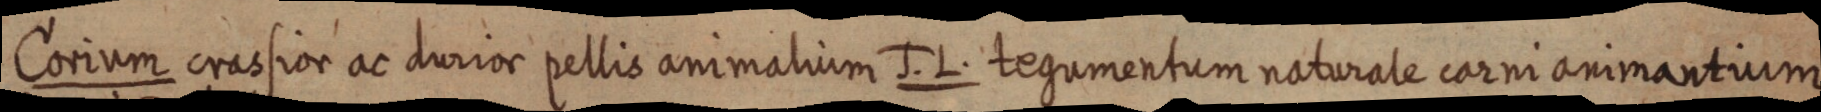
Corium crassior ac durior pellis animalium J. L. tegumentum naturale carni animantium